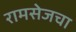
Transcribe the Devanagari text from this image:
रामसेजचा